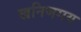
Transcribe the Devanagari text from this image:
खनिजमय